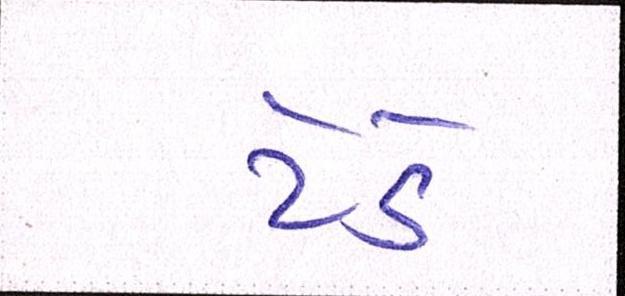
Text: ટેડે